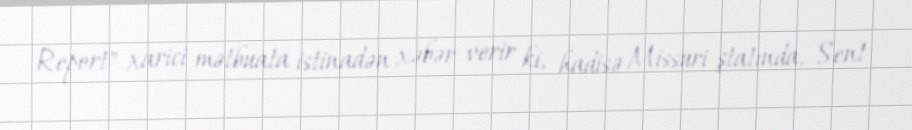
Report" xarici mətbuata istinadən xəbər verir ki, hadisə Missuri ştatında, Sent